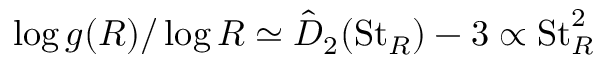
\log g ( R ) / \log R \simeq \hat { D } _ { 2 } ( \mathrm { S t } _ { R } ) - 3 \propto \mathrm { S t } _ { R } ^ { 2 }